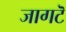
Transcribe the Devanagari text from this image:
जागटॆ